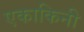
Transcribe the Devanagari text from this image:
एकाकिनी